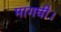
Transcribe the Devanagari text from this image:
मागघी।